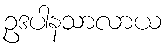
ဥဒပါနသာလာယ